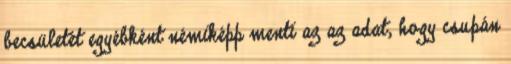
becsületét egyébként némiképp menti az az adat, hogy csupán